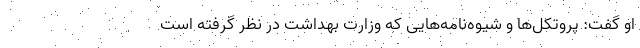
او گفت: پروتکل‌ها و شیوه‌نامه‌هایی که وزارت بهداشت در نظر گرفته است